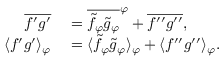
\begin{array} { r l } { \overline { { f ^ { \prime } g ^ { \prime } } } } & { { } = \overline { { \tilde { f } _ { \varphi } \tilde { g } _ { \varphi } } } ^ { \varphi } + \overline { { f ^ { \prime \prime } g ^ { \prime \prime } } } , } \\ { \langle { f ^ { \prime } g ^ { \prime } } \rangle _ { \varphi } } & { { } = \langle { \tilde { f } _ { \varphi } \tilde { g } _ { \varphi } } \rangle _ { \varphi } + \langle { f ^ { \prime \prime } g ^ { \prime \prime } } \rangle _ { \varphi } . } \end{array}